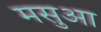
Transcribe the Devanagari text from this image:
मसुआ